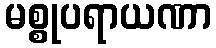
မစ္စုပရာယဏာ